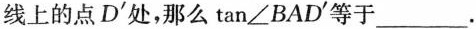
线上的点D^{\prime}处，那么\tan\angleBAD^{\prime}等于___.